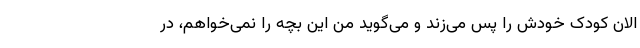
الان کودک خودش را پس می‌زند و می‌گوید من این بچه را نمی‌خواهم، در